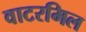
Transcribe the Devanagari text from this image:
वाटरमिल